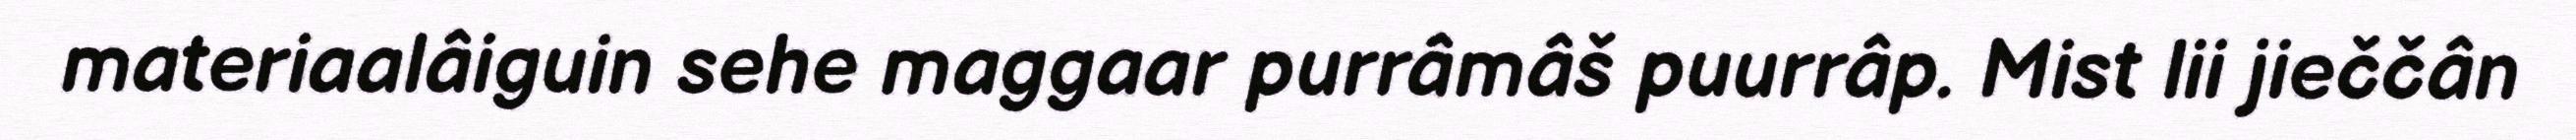
materiaalâiguin sehe maggaar purrâmâš puurrâp. Mist lii jieččân